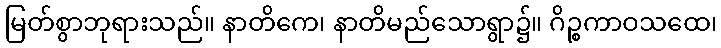
မြတ်စွာဘုရားသည်။ နာတိကေ၊ နာတိမည်သောရွာ၌။ ဂိဉ္စကာဝသထေ၊